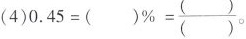
(4) $$0.45 = ( ) % = \frac{()}{()}$$